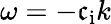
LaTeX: \omega=-\mathfrak{c}_{\mathrm{{i}}}k